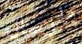
بارسال